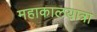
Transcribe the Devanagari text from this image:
महाकालयात्रा